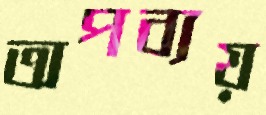
অপব্যয়